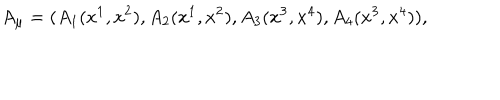
A _ { \mu } = ( A _ { 1 } ( x ^ { 1 } , x ^ { 2 } ) , A _ { 2 } ( x ^ { 1 } , x ^ { 2 } ) , A _ { 3 } ( x ^ { 3 } , x ^ { 4 } ) , A _ { 4 } ( x ^ { 3 } , x ^ { 4 } ) ) ,